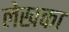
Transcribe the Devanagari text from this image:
लेखका